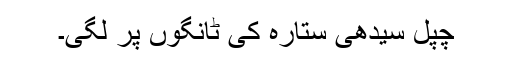
چپل سیدھی ستارہ کی ٹانگوں پر لگی۔